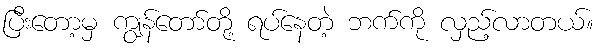
ပြီးတော့မှ ကျွန်တော်တို့ ရပ်နေတဲ့ ဘက်ကို လှည့်လာတယ်။